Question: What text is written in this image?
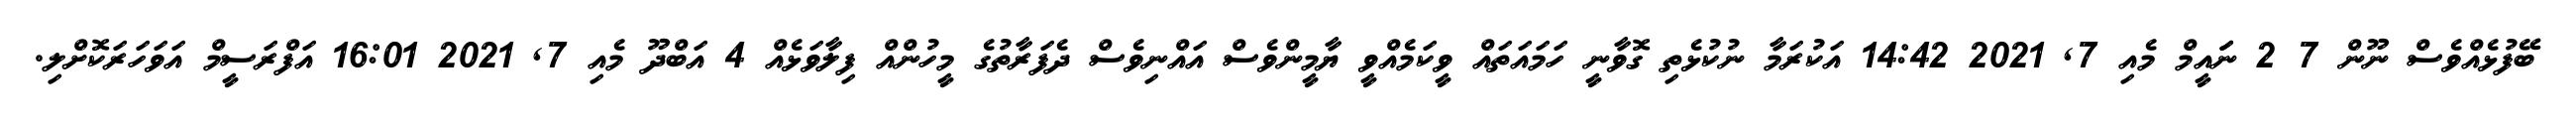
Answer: ބޭފުޅެއްވެސް ނޫން 7 2 ނަައީމް މެއި 7, 2021 14:42 އަކުރަމާ ނުކުޅެތި ގޮވާނީ ހަމައަތައް ވީކަމެއްވީ ޔާމީންވެސް އައްނިވެސް ދެފަރާތުގެ މީހުންއް ފިލާވަޅެއް 4 އަބްދޫ މެއި 7, 2021 16:01 އަފްރަސީމް އަވަހަރަކޮށްލި.